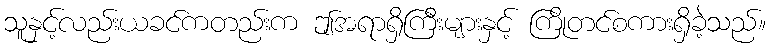
သူနှင့်လည်းယခင်ကတည်းက ဤအရာရှိကြီးများနှင့် ကြိုတင်စကားရှိခဲ့သည်။